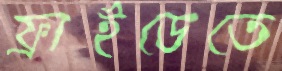
ফ্রাইডেতে